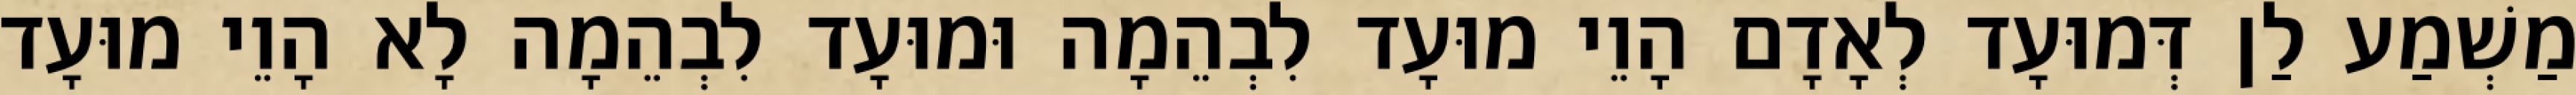
מַשְׁמַע לַן דְּמוּעָד לְאָדָם הָוֵי מוּעָד לִבְהֵמָה וּמוּעָד לִבְהֵמָה לָא הָוֵי מוּעָד